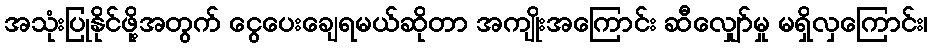
အသုံးပြုနိုင်ဖို့အတွက် ငွေပေးချေရမယ်ဆိုတာ အကျိုးအကြောင်း ဆီလျှော်မှု မရှိလှကြောင်း၊